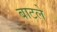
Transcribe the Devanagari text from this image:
बाटले